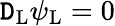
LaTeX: \mathtt{D}_{\mathrm{{{L}}}}\psi_{\mathrm{{{L}}}}=0